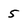
Character: 5